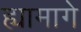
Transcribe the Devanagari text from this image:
ह्यामागे